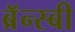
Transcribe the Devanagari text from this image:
ब्रॅन्स्बी